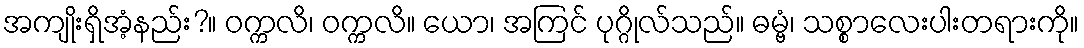
အကျိုးရှိအံ့နည်း?။ ဝက္ကလိ၊ ဝက္ကလိ။ ယော၊ အကြင် ပုဂ္ဂိုလ်သည်။ ဓမ္ဗံ၊ သစ္စာလေးပါးတရားကို။